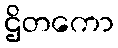
ဌိတကော